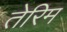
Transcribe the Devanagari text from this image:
तेरिम